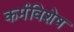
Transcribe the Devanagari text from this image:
कर्मविशेष